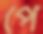
পে